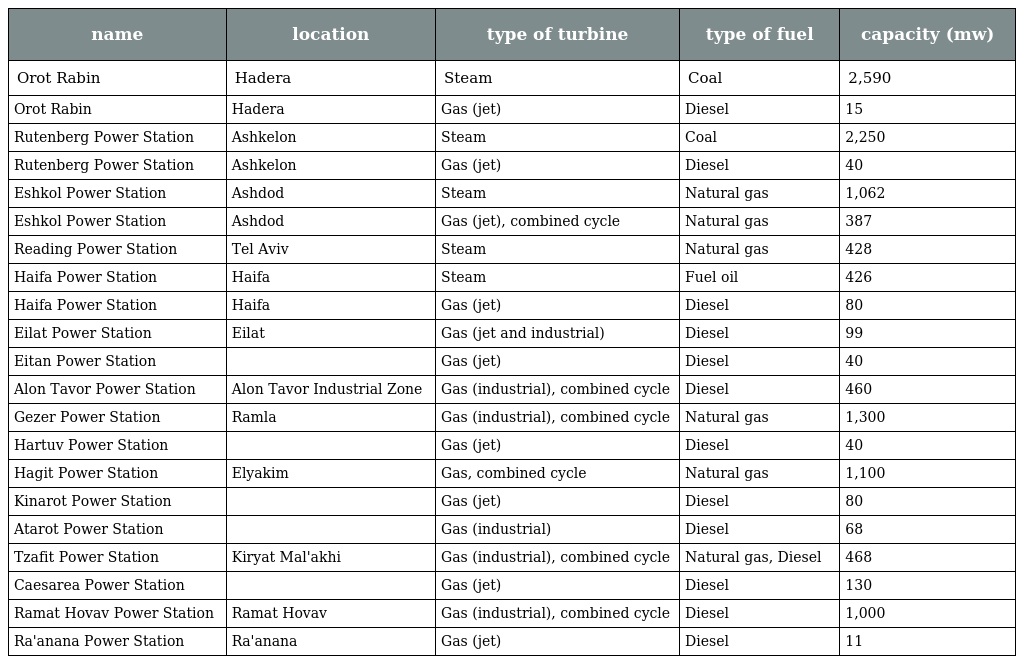
| name | location | type of turbine | type of fuel | capacity (mw) |
 | --- | --- | --- | --- | --- |
 | Orot Rabin | Hadera | Steam | Coal | 2,590 |
 | Orot Rabin | Hadera | Gas (jet) | Diesel | 15 |
 | Rutenberg Power Station | Ashkelon | Steam | Coal | 2,250 |
 | Rutenberg Power Station | Ashkelon | Gas (jet) | Diesel | 40 |
 | Eshkol Power Station | Ashdod | Steam | Natural gas | 1,062 |
 | Eshkol Power Station | Ashdod | Gas (jet), combined cycle | Natural gas | 387 |
 | Reading Power Station | Tel Aviv | Steam | Natural gas | 428 |
 | Haifa Power Station | Haifa | Steam | Fuel oil | 426 |
 | Haifa Power Station | Haifa | Gas (jet) | Diesel | 80 |
 | Eilat Power Station | Eilat | Gas (jet and industrial) | Diesel | 99 |
 | Eitan Power Station |  | Gas (jet) | Diesel | 40 |
 | Alon Tavor Power Station | Alon Tavor Industrial Zone | Gas (industrial), combined cycle | Diesel | 460 |
 | Gezer Power Station | Ramla | Gas (industrial), combined cycle | Natural gas | 1,300 |
 | Hartuv Power Station |  | Gas (jet) | Diesel | 40 |
 | Hagit Power Station | Elyakim | Gas, combined cycle | Natural gas | 1,100 |
 | Kinarot Power Station |  | Gas (jet) | Diesel | 80 |
 | Atarot Power Station |  | Gas (industrial) | Diesel | 68 |
 | Tzafit Power Station | Kiryat Mal'akhi | Gas (industrial), combined cycle | Natural gas, Diesel | 468 |
 | Caesarea Power Station |  | Gas (jet) | Diesel | 130 |
 | Ramat Hovav Power Station | Ramat Hovav | Gas (industrial), combined cycle | Diesel | 1,000 |
 | Ra'anana Power Station | Ra'anana | Gas (jet) | Diesel | 11 |